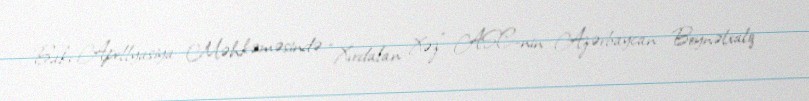
Bakı Apellyasiya Məhkəməsində “Xırdalan Xəz” ASC-nin Azərbaycan Beynəlxalq